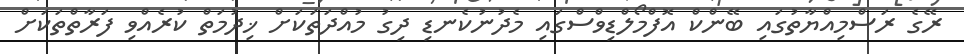
ރޭގެ ރަސްމިއްޔާތުގައި ބޭންކް އޮފްމޯލްޑިވްސްގައި މެދުނުކެނޑި ދިގު މުއްދަތަކަށް ޚިދުމަތް ކުރެއްވި ފަރާތްތަކަށް